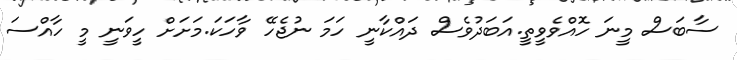
ސާބަސް މީނަ ހޮއްވެވީތީ.އަބަދުވެސް ދައްކާނީ ހަމަ ނުޖެހޭ ވާހަކަ.މަށަށް ހީވަނީ މީ ހާއްސަ